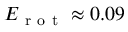
E _ { \mathrm { ~ r ~ o ~ t ~ } } \approx 0 . 0 9